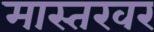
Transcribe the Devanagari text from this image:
मास्तरवर